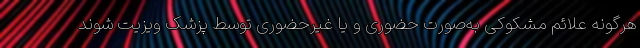
هرگونه علائم مشکوکی به‌صورت حضوری و یا غیرحضوری توسط پزشک ویزیت شوند